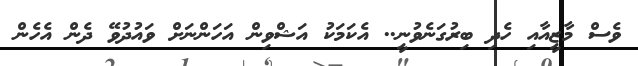
ވެސް މާޒީއާއި ހެދި ބިރުގަނެވުނީ.. އެކަމަކު އަޝްވިން އަހަންނަށް ވައުދުވޭ ދެން އެހެން